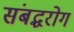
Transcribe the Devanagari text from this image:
संबद्धरोग